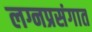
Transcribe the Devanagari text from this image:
लग्नप्रसंगात